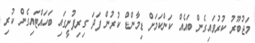
މަޖުބޫރު ކުރުވައިގެން ބައެއް ކަންކަމަށް ޑިމާންޑް ކުރުން ފަދަ ގިރިފުށީގައި ބަހައްޓައިގެން ކުރި